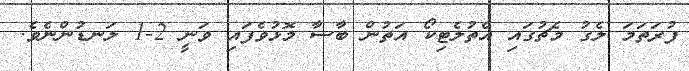
ފުރަތަމަ ލެގު މެޗުގައި އެތުލެޓިކޯ އަތުން ބާސާ މޮޅުވެފައި ވަނީ 2-1 ލަނޑުންނެވެ.